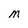
Character: M